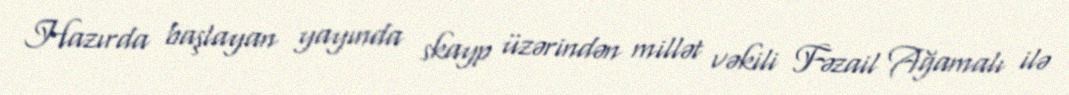
Hazırda başlayan yayında skayp üzərindən millət vəkili Fəzail Ağamalı ilə